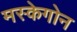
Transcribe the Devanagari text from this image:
मस्केगोन